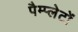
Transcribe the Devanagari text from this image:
पैम्प्लेटों